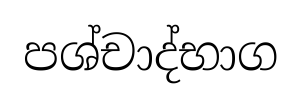
පශ්චාද්භාග